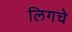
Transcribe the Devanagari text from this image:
लिगचे